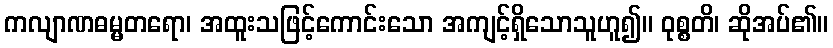
ကလျာဏဓမ္မတရော၊ အထူးသဖြင့်ကောင်းသော အကျင့်ရှိသောသူဟူ၍။ ဝုစ္စတိ၊ ဆိုအပ်၏။